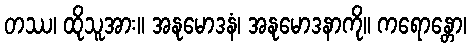
တဿ၊ ထိုသူအား။ အနုမောဒနံ၊ အနုမောဒနာကို။ ကရောန္တော၊